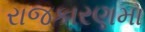
રાજકારણમા